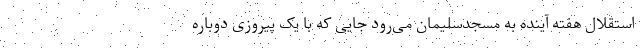
استقلال هفته آینده به مسجدسلیمان می‌رود جایی که با یک پیروزی دوباره